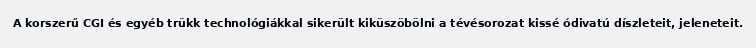
A korszerű CGI és egyéb trükk technológiákkal sikerült kiküszöbölni a tévésorozat kissé ódivatú díszleteit, jeleneteit.